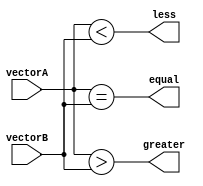
module comparator (
    input [31:0] vectorA,
    input [31:0] vectorB,
    output equal,
    output greater,
    output less
);

assign equal = (vectorA == vectorB);
assign greater = (vectorA > vectorB);
assign less = (vectorA < vectorB);

endmodule